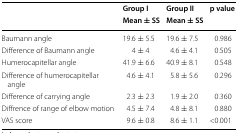
| <ROWSPAN=2>  | Group I | Group II | <ROWSPAN=2> p value |
 | Mean ± SS | Mean ± SS |
 | --- | --- | --- | --- |
 | Baumann angle | 19.6 ± 5.5 | 19.6 ± 7.5 | 0.986 |
 | Difference of Baumann angle | 4 ± 4 | 4.6 ± 4.1 | 0.505 |
 | Humerocapitellar angle | 41.9 ± 6.6 | 40.9 ± 8.1 | 0.548 |
 | Difference of humerocapitellar angle | 4.6 ± 4.1 | 5.8 ± 5.6 | 0.296 |
 | Difference of carrying angle | 2.3 ± 2.3 | 1.9 ± 2.0 | 0.360 |
 | Diffrence of range of elbow motion | 4.5 ± 7.4 | 4.8 ± 8.1 | 0.880 |
 | VAS score | 9.6 ± 0.8 | 8.6 ± 1.1 | <0.001 |